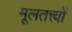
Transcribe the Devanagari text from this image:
मूलतत्त्वों